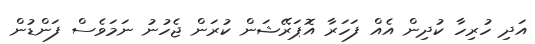
އަދި ހުރިހާ ކުދިން އެއް ފަހަރާ އޮޕަރޭޝަން ކުރަން ޖެހުނު ނަމަވެސް ފަންޑުން